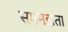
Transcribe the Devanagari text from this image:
सममझता